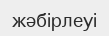
жәбірлеуі